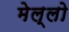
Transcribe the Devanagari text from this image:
मेल्लो